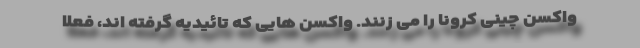
واکسن چینی کرونا را می زنند. واکسن هایی که تائیدیه گرفته اند، فعلا